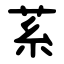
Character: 䒺